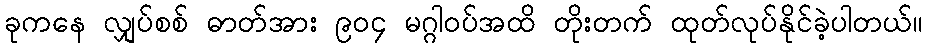
ခုကနေ လျှပ်စစ် ဓာတ်အား ၉၀၄ မဂ္ဂါဝပ်အထိ တိုးတက် ထုတ်လုပ်နိုင်ခဲ့ပါတယ်။